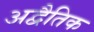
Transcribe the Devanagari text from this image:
अद्वैतिक